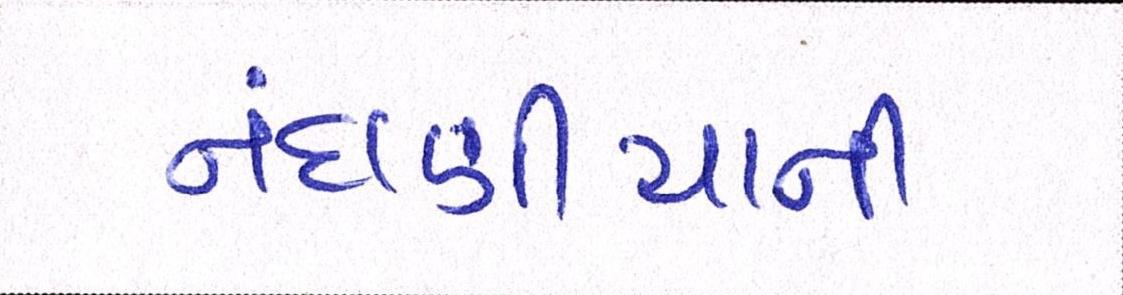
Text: નંદાણીયાની